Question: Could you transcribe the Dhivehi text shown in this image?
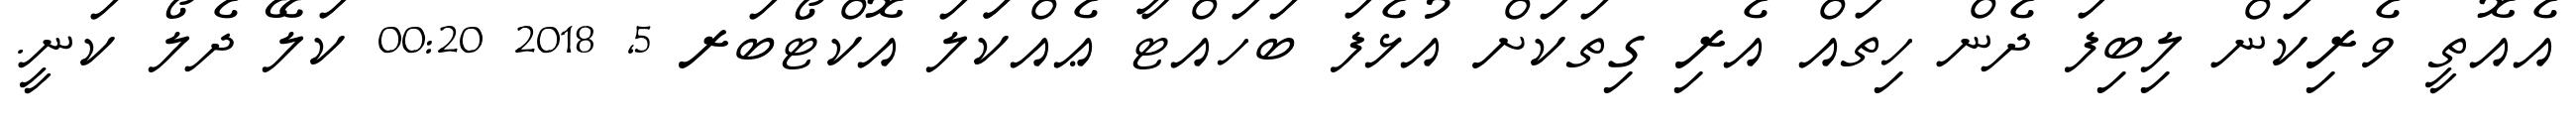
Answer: އެއޮތީ ވެރިކަން ލިބިފަ ދެން ހިތައް އެރި ގިތަކަށް އުޅެފަ ބަހައްޓާ ޢެއްކަަލަ އޮކްޓޯބަރ 5, 2018 00:20 ކަލޭ ދެލޯ ކަނީ.